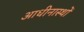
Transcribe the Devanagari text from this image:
आधीनास्थों